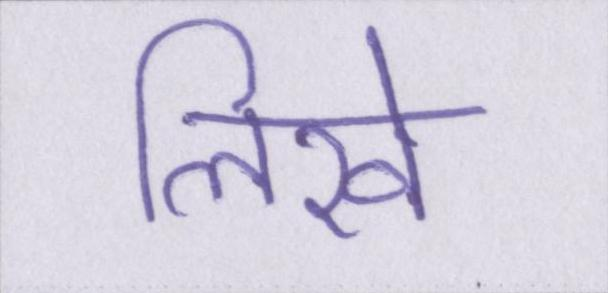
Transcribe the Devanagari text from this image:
लिखे